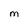
Character: M